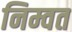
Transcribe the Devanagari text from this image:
निम्वत